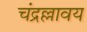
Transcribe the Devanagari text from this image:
चंद्रल्लावय